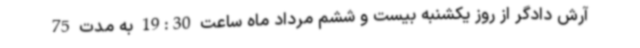
آرش دادگر از روز یکشنبه بیست و ششم مرداد ماه ساعت 19:30 به مدت 75